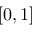
[ 0 , 1 ]